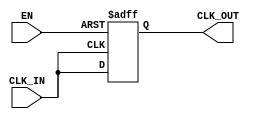
module ClockBuffer (
    input wire CLK_IN,      // Input clock signal
    input wire EN,          // Enable signal for power management
    output wire CLK_OUT     // Buffered clock signal
);

// Internal signal for buffering
reg clk_out_reg;

// Clock buffering mechanism
always @(posedge CLK_IN or negedge EN) begin
    if (!EN) begin
        clk_out_reg <= 1'b0;  // Drive output low if disabled
    end else begin
        clk_out_reg <= CLK_IN; // Regenerate and strengthen the clock signal
    end
end

// Assign buffered clock to output
assign CLK_OUT = clk_out_reg;

endmodule